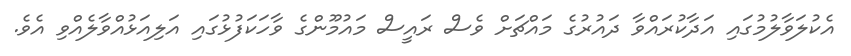
އެކުލަވާލުމުގައި އަދާކުރައްވާ ދައުރުގެ މައްޗަށް ވެސް ރައީސް މައުމޫންގެ ވާހަކަފުޅުގައި އަލިއަޅުއްވާލެއްވި އެވެ.